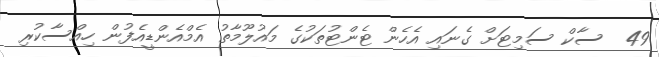
49  ސާކް ސަމިޓަށް ގެނައި އެހެން ޓެންޓުތަކުގެ މައުލޫމާތު އެމްއެންޑީއެފުން ހިއްސާކުރި